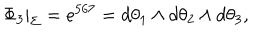
LaTeX: \Phi _ { 3 } | _ { \Sigma } = e ^ { 5 6 7 } = d \theta _ { 1 } \wedge d \theta _ { 2 } \wedge d \theta _ { 3 } ,